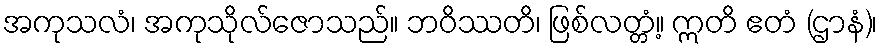
အကုသလံ၊ အကုသိုလ်ဇောသည်။ ဘဝိဿတိ၊ ဖြစ်လတ္တံ့။ ဣတိ ဧတံ (ဌာနံ)၊